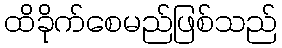
ထိခိုက်စေမည်ဖြစ်သည်